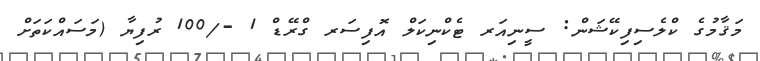
މަޤާމުގެ ކްލެސިފިކޭޝަން: ސީނިއަރ ޓެކްނިކަލް އޮފިސަރ ގްރޭޑް 1 -/100 ރުފިޔާ (މަސައްކަތަށް